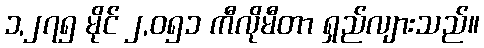
၁,၂၇၅ မိုင် ၂,၀၅၁ ကီလိုမီတာ ရှည်လျားသည်။